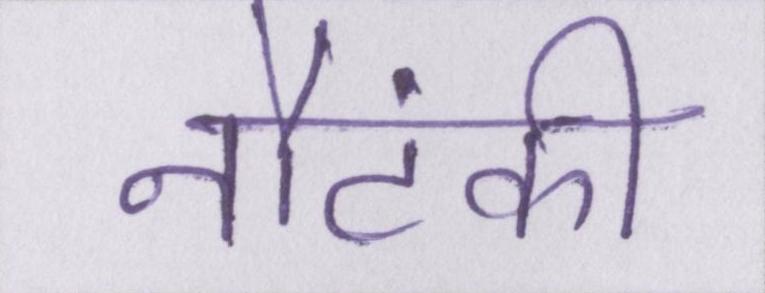
नौटंकी